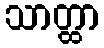
သာတ္ထာ